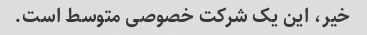
خیر، این یک شرکت خصوصی متوسط ​​است.